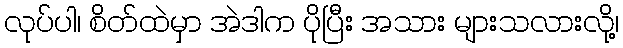
လုပ်ပါ၊ စိတ်ထဲမှာ အဲဒါက ပိုပြီး အသား များသလားလို့၊